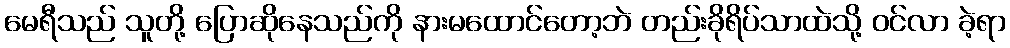
မေရီသည် သူတို့ ပြောဆိုနေသည်ကို နားမထောင်တော့ဘဲ တည်းခိုရိပ်သာထဲသို့ ဝင်လာ ခဲ့ရာ